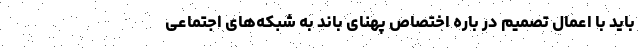
باید با اعمال تصمیم در باره اختصاص پهنای باند به شبکه‌های اجتماعی